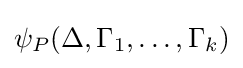
\psi _{P}(\Delta ,\Gamma _{1},\dots ,\Gamma _{k})